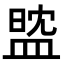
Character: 𥁻